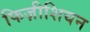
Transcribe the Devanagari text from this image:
फिज़ीशियन